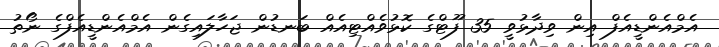
އެމްއެންޑީއެފް އިން ވިދާޅުވީ 35 ފޫޓްގެ ކޮޅުވެއްޓިއެއް ބަނޑުން ޖަހާލައިގެން އެމްއެންޑީއެފްގެ ނޯތު